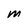
Character: M